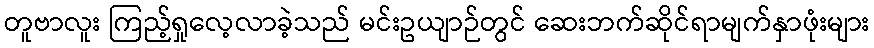
တူဗာလူး ကြည့်ရှုလေ့လာခဲ့သည် မင်းဥယျာဉ်တွင် ဆေးဘက်ဆိုင်ရာမျက်နှာဖုံးများ